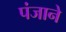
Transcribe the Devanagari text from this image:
पंजाने